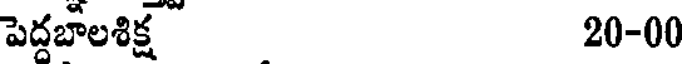
పెద్దబాలశిక్ష 20-00